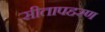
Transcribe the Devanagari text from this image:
सीतापहरण